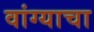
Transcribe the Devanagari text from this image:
वांग्याचा